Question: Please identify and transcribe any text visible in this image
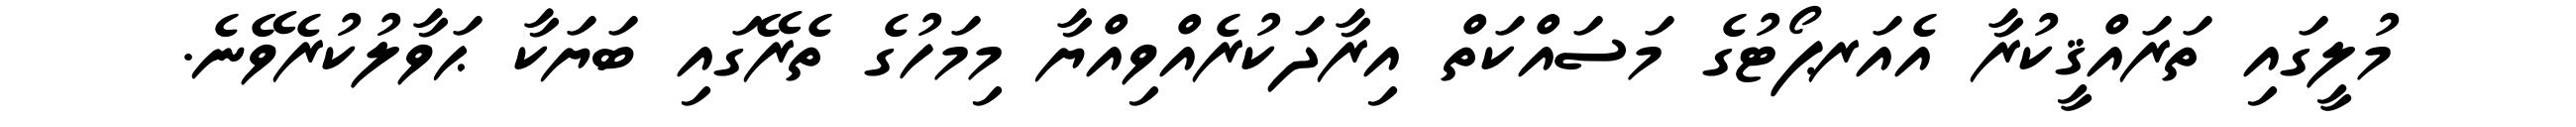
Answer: މުލީގައި ތަރައްޤީކުރާ އެއަރޕޯޓުގެ މަސައްކަތް އިރާދަކުރެއްވިއްޔާ މިމަހުގެ ތެރޭގައި ބަޔަކާ ޙަވާލުކުރެވޭނެ.